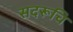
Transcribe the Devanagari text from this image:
सदरूचि